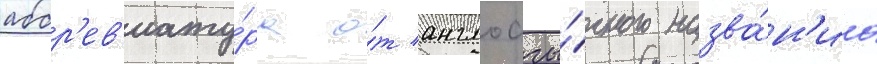
аббр'ев'иату́ра о́т англоазы́чного назва́н'иа